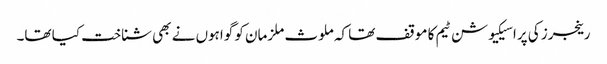
رینجرز کی پراسیکیوشن ٹیم کا موقف تھا کہ ملوث ملزمان کو گواہوں نے بھی شناخت کیا تھا۔